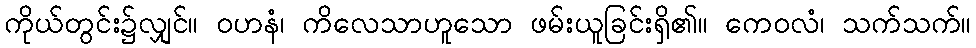
ကိုယ်တွင်း၌လျှင်။ ဝဟနံ၊ ကိလေသာဟူသော ဖမ်းယူခြင်းရှိ၏။ ကေဝလံ၊ သက်သက်။